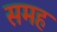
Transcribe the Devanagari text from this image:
समह